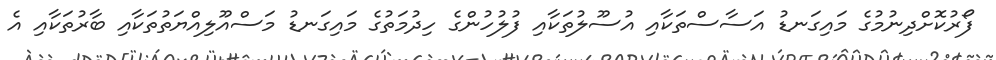
ފޯރުކޮށްދިނުމުގެ މައިގަނޑު އަސާސްތަކާއި އުސޫލުތަކާއި ފުލުހުންގެ ހިދުމަތުގެ މައިގަނޑު މަސްއޫލިއްޔަތުތަކާއި ބާރުތަކާއި އެ